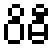
ဝိဓီ